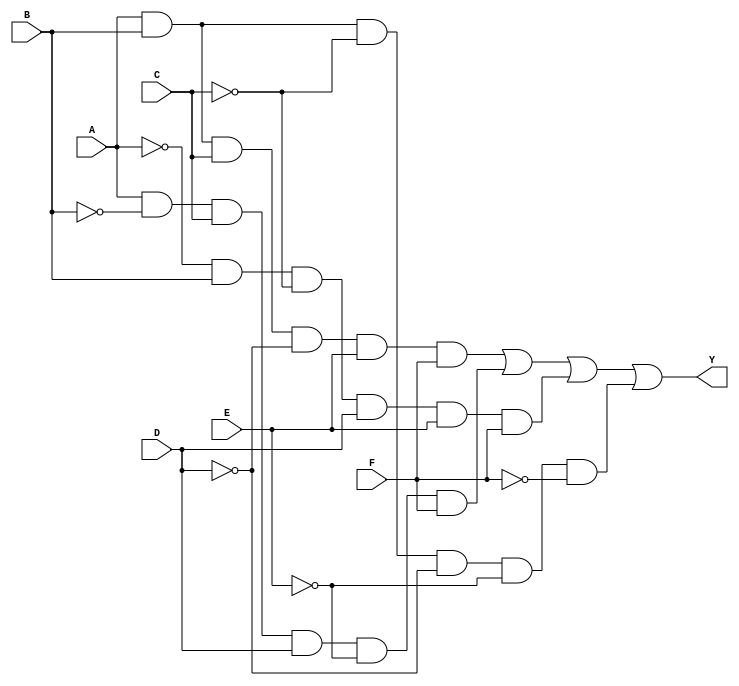
module kmap_6var (
    input wire A,      // Input variable A
    input wire B,      // Input variable B
    input wire C,      // Input variable C
    input wire D,      // Input variable D
    input wire E,      // Input variable E
    input wire F,      // Input variable F
    output wire Y      // Output variable Y
);

// Define the output function based on the K-map.
// This is a hypothetical example. Replace with your actual SOP or POS expression.
assign Y = (A & B & C & ~D & E & F) |  // Minterm example
           (A & ~B & C & D & ~E & F) | // Minterm example
           (~A & B & ~C & D & E & F) | // Minterm example
           (A & B & ~C & ~D & ~E & ~F); // Minterm example

endmodule